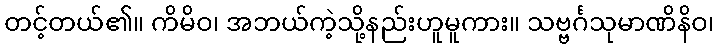
တင့်တယ်၏။ ကိမိဝ၊ အဘယ်ကဲ့သို့နည်းဟူမူကား။ သဗ္ဗင်္ဂသုမာဏိနိဝ၊